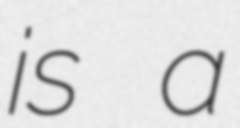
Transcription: is a